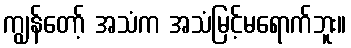
ကျွန်တော့် အသံက အသံမြင့်မရောက်ဘူး။